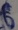
Text: 6